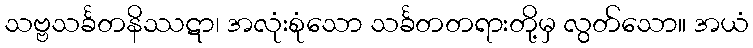
သဗ္ဗသင်္ခတနိဿဋာ၊ အလုံးစုံသော သင်္ခတတရားတို့မှ လွတ်သော။ အယံ